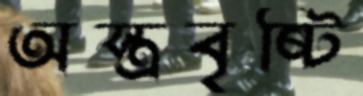
অস্ত্রবৃষ্টি